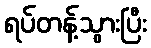
ရပ်တန့်သွားပြီး